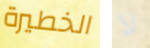
الخطيرة لا